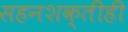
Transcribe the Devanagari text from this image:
सहनशक्तीही